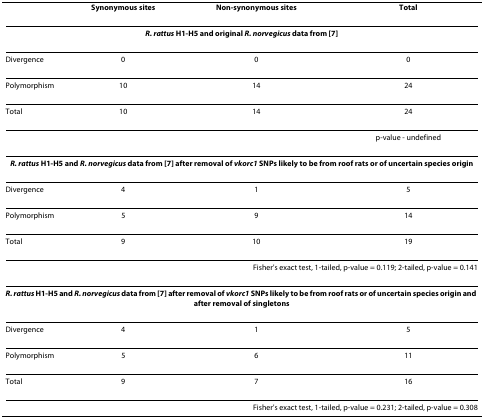
<table><thead><tr><td></td><td><b>Synonymous sites</b></td><td><b>Non-synonymous sites</b></td><td><b>Total</b></td></tr></thead><tbody><tr><td colspan="4"><b><i>R. rattus </i>H1-H5 and original <i>R. norvegicus </i>data from </b>[<b>7</b>]</td></tr><tr><td>Divergence</td><td>0</td><td>0</td><td>0</td></tr><tr><td>Polymorphism</td><td>10</td><td>14</td><td>24</td></tr><tr><td>Total</td><td>10</td><td>14</td><td>24</td></tr><tr><td></td><td></td><td></td><td>p-value - undefined</td></tr><tr><td colspan="4"><b><i>R. rattus </i>H1-H5 and <i>R. norvegicus </i>data from </b>[<b>7</b>]<b>after removal of <i>vkorc1 </i>SNPs likely to be from roof rats or of uncertain species origin</b></td></tr><tr><td>Divergence</td><td>4</td><td>1</td><td>5</td></tr><tr><td>Polymorphism</td><td>5</td><td>9</td><td>14</td></tr><tr><td>Total</td><td>9</td><td>10</td><td>19</td></tr><tr><td colspan="4">Fisher&#x27;s exact test, 1-tailed, p-value = 0.119; 2-tailed, p-value = 0.141</td></tr><tr><td colspan="4"><b><i>R. rattus </i>H1-H5 and <i>R. norvegicus </i>data from </b>[<b>7</b>]<b>after removal of <i>vkorc1 </i>SNPs likely to be from roof rats or of uncertain species origin and after removal of singletons</b></td></tr><tr><td>Divergence</td><td>4</td><td>1</td><td>5</td></tr><tr><td>Polymorphism</td><td>5</td><td>6</td><td>11</td></tr><tr><td>Total</td><td>9</td><td>7</td><td>16</td></tr><tr><td colspan="4">Fisher&#x27;s exact test, 1-tailed, p-value = 0.231; 2-tailed, p-value = 0.308</td></tr></tbody></table>